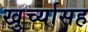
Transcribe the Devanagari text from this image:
खुर्च्यासह